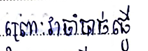
ព្រោះវាចាំបាច់ធ្វើ